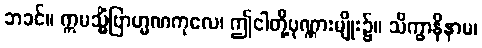
ဘခင်။ ဣမသ္မိံဗြာဟ္မဏကုလေ၊ ဤငါတို့ပုဏ္ဏားမျိုး၌။ သိက္ခာနိနာမ၊